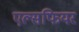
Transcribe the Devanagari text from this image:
एल्सफियर